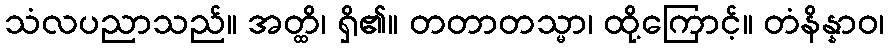
သံလပညာသည်။ အတ္ထိ၊ ရှိ၏။ တတာတသ္မာ၊ ထို့ကြောင့်။ တံနိန္နာဝ၊